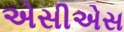
એસીએસ